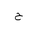
Letter: _ha